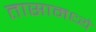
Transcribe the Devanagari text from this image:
तासामध्ये